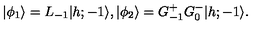
\vert \phi _ { 1 } \rangle = L _ { - 1 } \vert { h ; - 1 } \rangle { } , { } { } { } \vert \phi _ { 2 } \rangle = G _ { - 1 } ^ { + } G _ { 0 } ^ { - } \vert { h ; - 1 } \rangle { } .